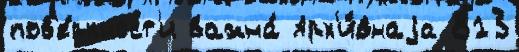
пов'е́рхност'и важна́ Арх'и́внаjа 813